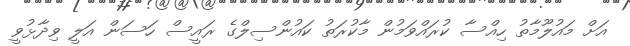
އަށް މައުލޫމާތު ހިއްސާ ކުރައްވަމުން މާކުރަތުު ކައުންސިލްގެ ރައީސް ހަސަން އަލީ ވިދާޅުވީ